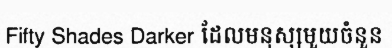
Fifty Shades Darker ដែលមនុស្សមួយចំនួន